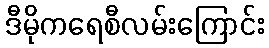
ဒီမိုကရေစီလမ်းကြောင်း